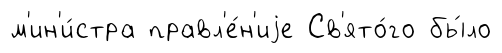
м'ин'и́стра правл'е́н'иjе Св'ято́го бы́ло